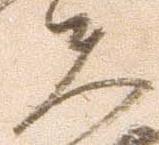
夫